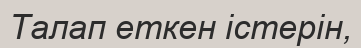
Талап еткен істерін,